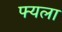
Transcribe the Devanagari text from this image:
फ्यला